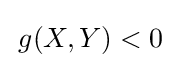
\,g(X,Y)<0